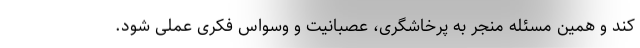
کند و همین مسئله منجر به پرخاشگری، عصبانیت و وسواس فکری عملی شود.